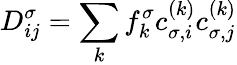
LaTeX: D_{ij}^{\sigma}=\sum_{k}f_{k}^{\sigma}c_{\sigma,i}^{(k)}c_{\sigma,j}^{(k)}